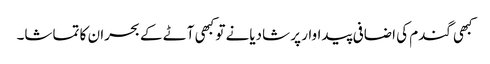
کبھی گندم کی اضافی پیداوار پر شادیانے تو کبھی آٹے کے بحران کا تماشا۔